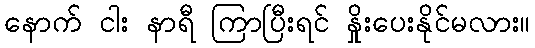
နောက် ငါး နာရီ ကြာပြီးရင် နှိုးပေးနိုင်မလား။